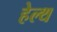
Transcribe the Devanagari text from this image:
हेल्‍थ